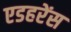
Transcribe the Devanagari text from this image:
एडहरेंस